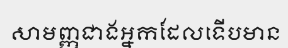
សាមញ្ញជាងអ្នកដែលទើបមាន